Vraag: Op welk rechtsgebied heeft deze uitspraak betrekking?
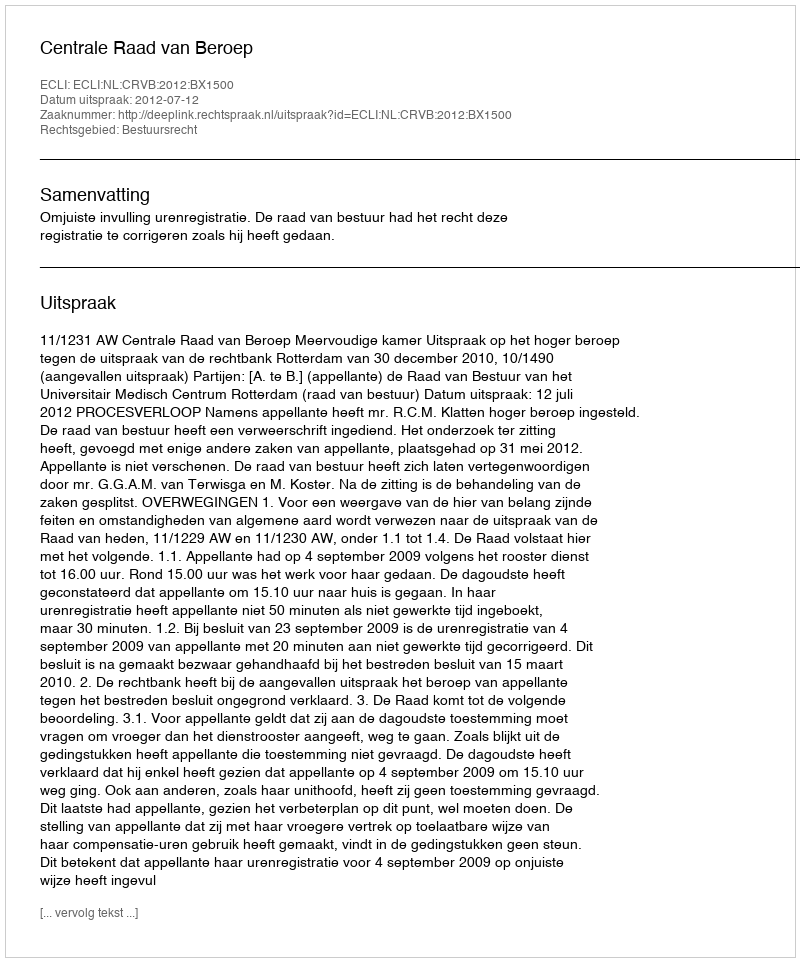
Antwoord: Bestuursrecht